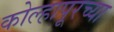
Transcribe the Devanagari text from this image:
कोल्‍हापूरच्या